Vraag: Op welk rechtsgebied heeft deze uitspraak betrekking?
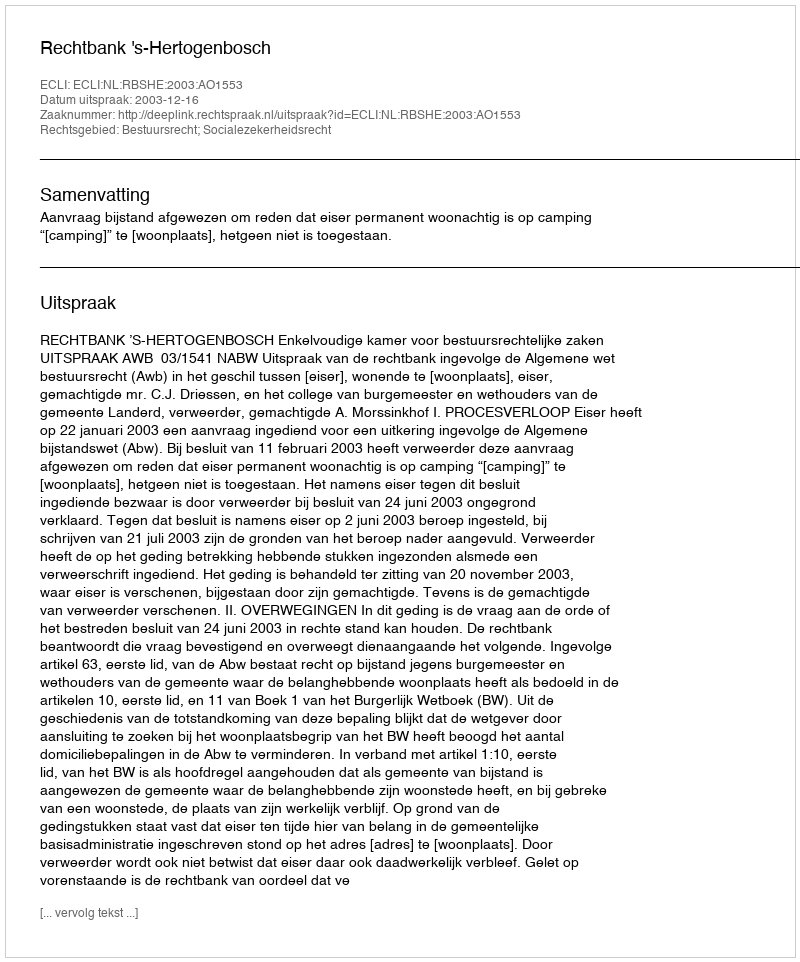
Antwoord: Bestuursrecht; Socialezekerheidsrecht